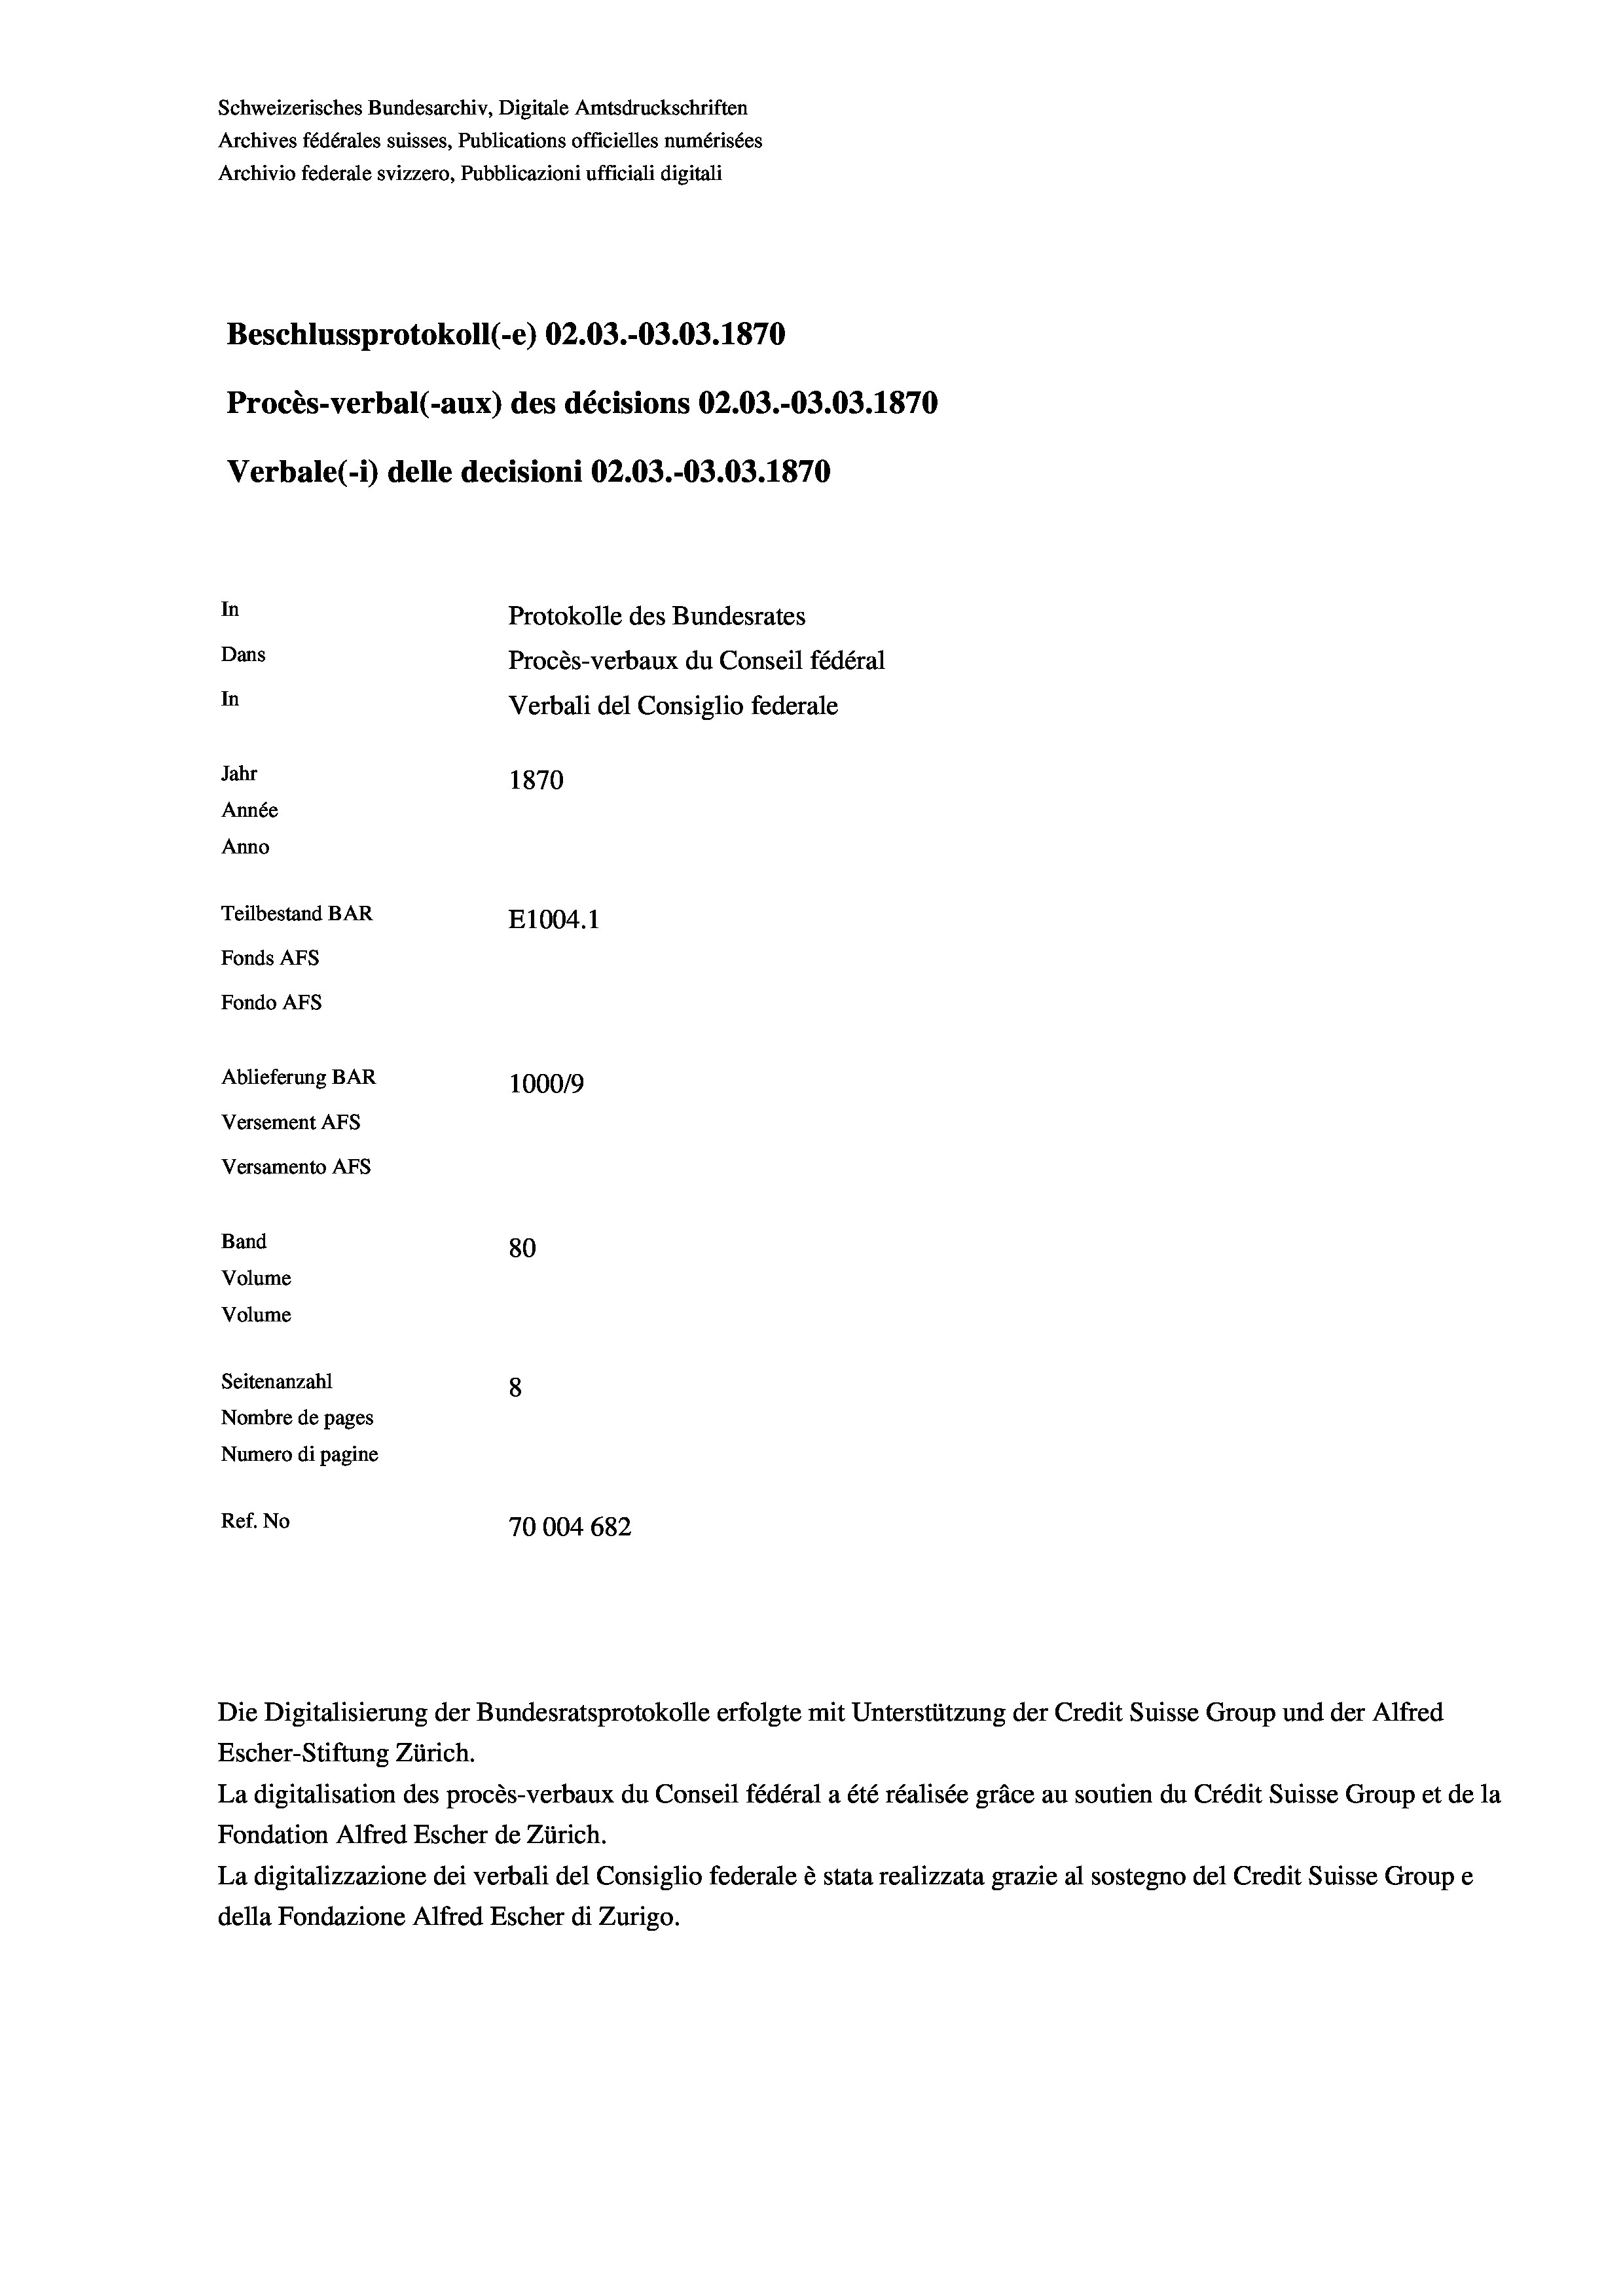
Schweizerisches Bundesarchiv, Digitale Amtsdruckschriften
Archives fédérales suisses, Publications officielles numérisées
Archivio federale svizzero, Pubblicazioni ufficiali digitali
Beschlussprotokoll (-e) 02.03.-03.03. 1870
Procès-verbal (-aux) des décisions 02.03.-03.03. 1870
Verbale(*) delle decisioni 02.03.-03.03. 1870
In
Protokolle des Bundesrates
Dans
Procès-verbaux du Conseil fédéral
In
Verbali del Consiglio federale
Jahr
1870
Année
Anno
Teilbestand BAR
E1004. 1
Fonds AFs
Fondo Afs
Ablieferung BAR
100019
Versement Ans
Versamento Afs
Band
80
Volume
Volume
Seitenanzahl
8
Nombre de pages
Numero di pagine
Ref. No
70004 682

La digitalisation des procès-verbaux du Conseil fédéral a été réalisée gräce au soutien du Crédit Suisse Group et de la
Fondation Alfred Escher de Zürich.
La digitalizzazione dei verbali del Consiglio federale è stata realizzata grazie al sostegno del Credit Suisse Groupe
della Fondazione Alfred Escher di Zurigo.

Escher-Stiftung Zürich.

Die Digitalisierung der Bundesratsprotokolle erfolgte mit Unterstützung der Credit Suisse Group und der Alfred